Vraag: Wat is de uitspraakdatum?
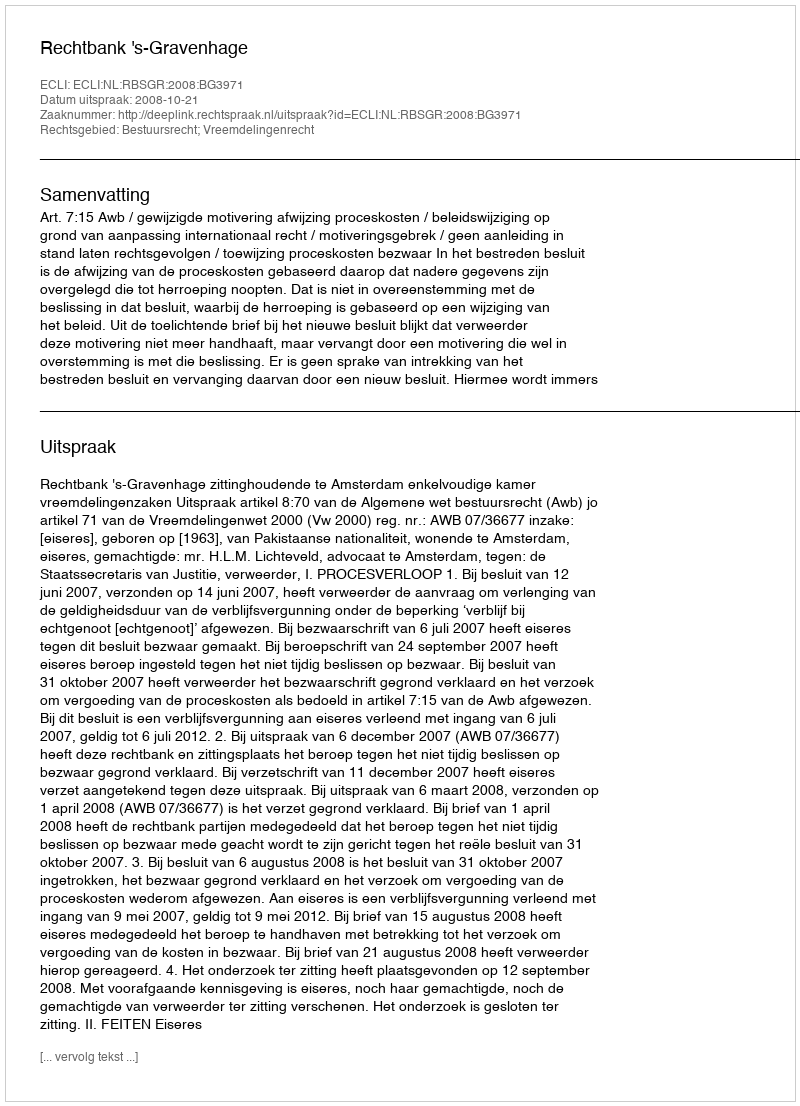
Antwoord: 2008-10-21